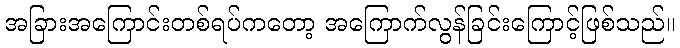
အခြားအကြောင်းတစ်ရပ်ကတော့ အကြောက်လွန်ခြင်းကြောင့်ဖြစ်သည်။